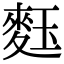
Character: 𪌞